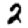
Digit: 2